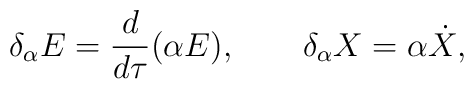
\delta_\alpha E = \frac{d}{d\tau} (\alpha E), \qquad\delta_\alpha X = \alpha \dot X,